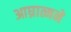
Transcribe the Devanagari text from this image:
आघ्रात्मने